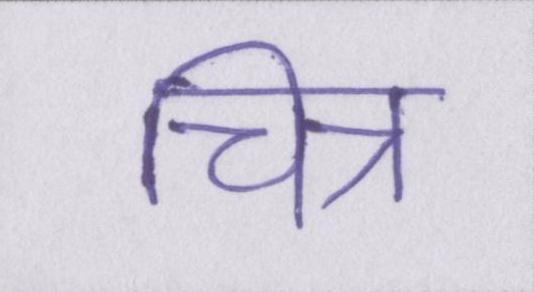
चित्र